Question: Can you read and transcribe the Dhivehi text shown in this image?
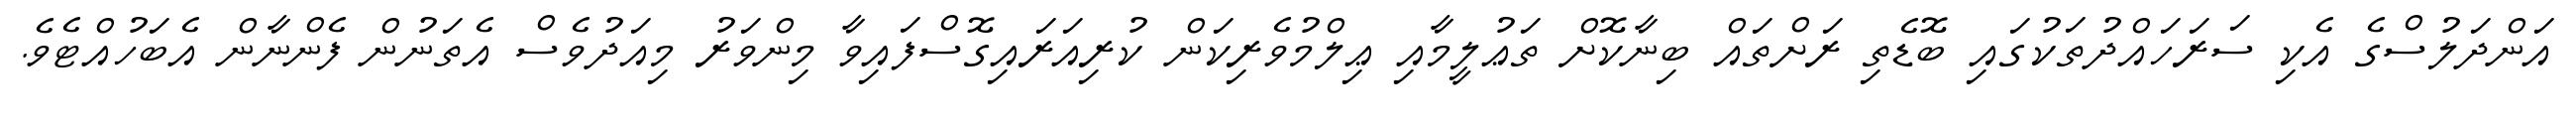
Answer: އަންދަލުސްގެ އެކި ސަރަހައްދުތަކުގައި ބޮޑެތި ރަށްތައް ބިނާކޮށް ތަޢުލީމާއި ޢިލްމުވެރިކަން ކުރިއަރައިގޮސްފައިވާ މިންވަރު މިއަދުވެސް އެތަނުން ފެންނާން އެބަހުއްޓެވެ.